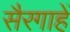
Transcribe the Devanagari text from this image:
सैरगाहें